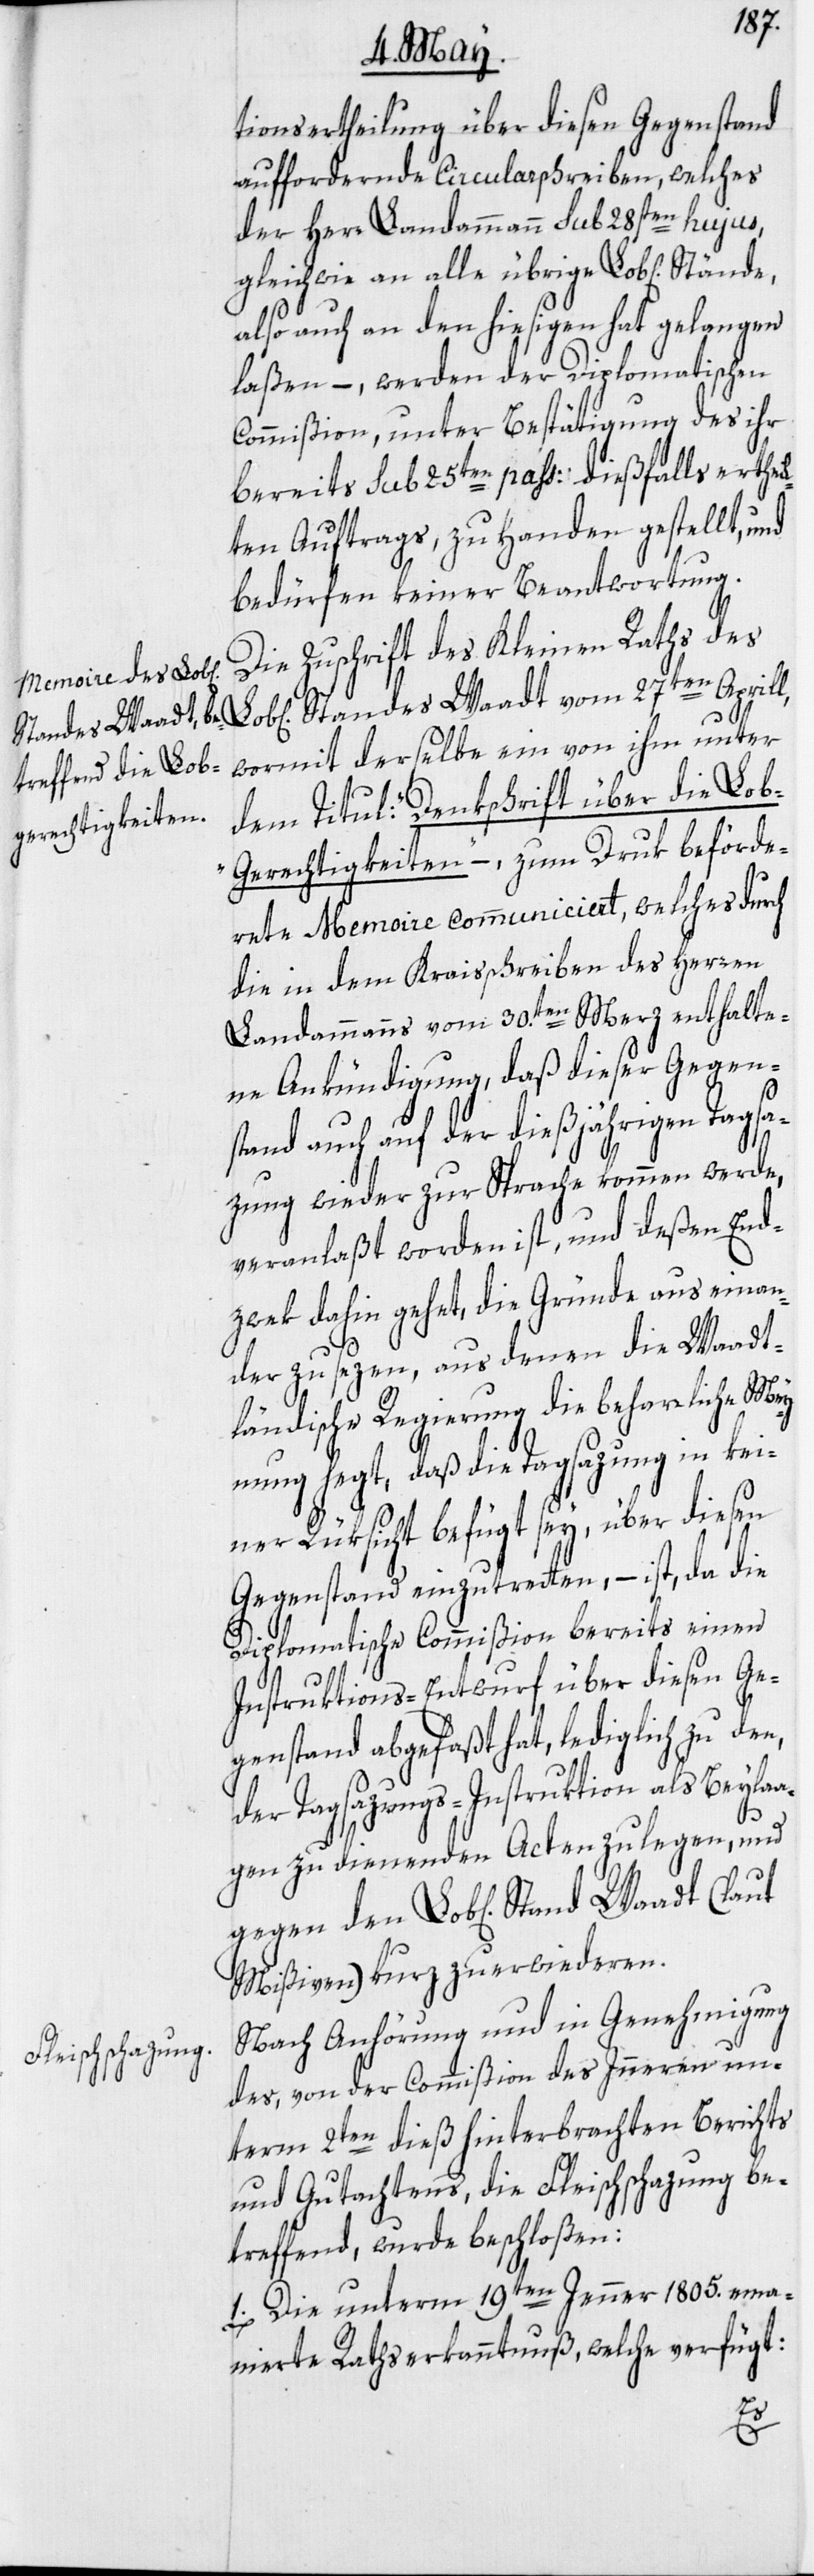
tionsertheilung über diesen Gegenstand
auffordernde Circularschreiben, welches
der Herr Landammann sub 28sten hujus,
gleichwie an alle übrige Lob[lichen]
also auch an den hiesigen hat gelangen
laßen –, werden der Diplomatischen
Commißion, unter Bestätigung des ihr
bereits sub 25ten pass: dießfalls erthei¬
lten Auftrags, zu Handen gestellt,
bedürfen keiner Beantwortung.
Die Zuschrift des Kleinen Raths des
Standes Waadt vom 27ten Aprill,
wormit derselbe ein von ihm unter
dem Titul: „Denkschrift über die Lo¬
b-Gerechtigkeiten“ –, zum Druk beförde¬
rete Memoire communiciert, welches durch
die in dem Kraisschreiben des Herren
Landammanns vom 30.ten Merz enthalte¬
ne Ankündigung, daß dieser Gegen¬
stand auch auf der dießjährigen Tagsa¬
zung wieder zur Sprache kommen werde,
veranlaßt worden ist, und deßen End¬
zwek dahin gehet, die Gründe aus einan¬
der zu sezen, aus denen die Waadt¬
ländische Regierung die beharrliche Mey¬
nung hegt, daß die Tagsazung in kei¬
ner Rüksicht befugt sey, über diesen
Gegenstand einzutretten, – ist, da die
Diplomatische Commißion bereits einen
Instruktions-Entwurf über diesen Ge¬
genstand abgefaßt hat, lediglich zu den,
der Tagsazungs-Instruktion als Beylaa¬
gen zu dienenden Acten zu legen, und
gegen den Lob[lichen] Stand Waadt
Mißiven) kurz zu erwiederen.
Nach Anhörung und in Genehmigung
des, von der Commißion des Inneren un¬
term 2ten dieß hinterbrachten Berichts
und Gutachtens, die Fleischschazung be¬
treffend, wurde beschloßen:
1. Die unterm 19ten Jenner 1805. ema¬
nierte Rathserkanntnuß, welche verfügt: